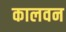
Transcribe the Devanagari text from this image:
कालवन